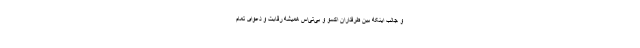
و جالب اینکه بین طرفداران اکسو و بی‌تی‌اس همیشه رقابت و دعوای تمام